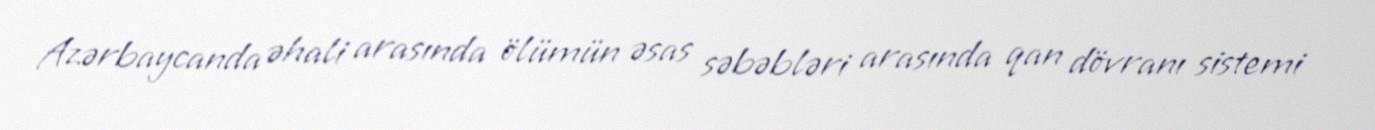
Azərbaycanda əhali arasında ölümün əsas səbəbləri arasında qan dövranı sistemi